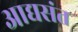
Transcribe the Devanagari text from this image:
आद्यसंत